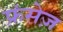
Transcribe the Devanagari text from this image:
फ्रंसेज़